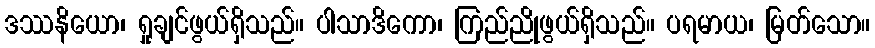
ဒဿနိယော၊ ရှုချင်ဖွယ်ရှိသည်။ ပါသာဒိကော၊ ကြည်ညိုဖွယ်ရှိသည်။ ပရမာယ၊ မြတ်သော။